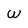
Character: W